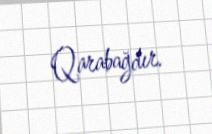
Qarabağdır.